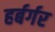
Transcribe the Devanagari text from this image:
हर्बर्गर